Note on the mental hospitals in Burma - 1925-1940
Year: 1925
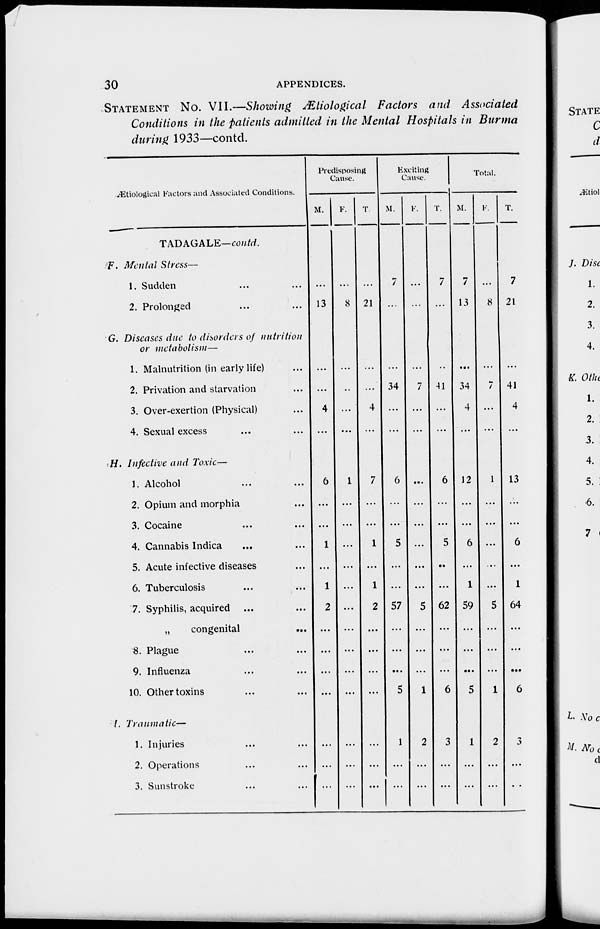
30
APPENDICES.
STATEMENT No. VII.—Showing Ætiological Factors and Associated
Conditions in the patients admitted in the Mental Hospitals in Burma
during 1933—contd.
Ætiological Factors and Associated Conditions.
TADAGALE—conctd.
F. Mental Stress—
1. Sudden ... ...
2. Prolonged ... ...
G. Diseases due to disorders of nutrition
or metabolism—
1. Malnutrition (in early life) ...
2. Privation and starvation ...
3. Over-exertion (Physical) ...
4. Sexual excess ... ...
H. Infective and Toxic—
1. Alcohol ... ...
2. Opium and morphia ... ...
3. Cocaine ... ...
4. Cannabis Indica ... ...
5. Acute infective diseases ... ...
6. Tuberculosis ... ...
7. Syphilis, acquired ... ...
„
congenital ... ...
8. Plague ... ...
9. Influenza ... ...
10. Other toxins ... ...
I. Traumatic—
1. Injuries ... ...
2. Operations ... ...
3. Sunstroke ... ...
Predisposing
Cause.
M.
...
13
...
...
4
...
6
...
...
1
...
1
2
...
...
...
...
...
...
...
F.
...
8
...
...
...
...
1
...
...
...
...
...
...
...
...
...
...
...
...
...
T.
...
21
...
...
4
...
7
...
...
1
...
1
2
...
...
...
...
...
...
...
Exciting
Cause.
M.
7
...
...
34
...
...
6
...
...
5
...
...
57
...
...
...
5
1
...
...
F.
...
...
...
7
...
...
...
...
...
...
...
...
5
...
...
...
1
2
...
...
T.
7
...
...
41
...
...
6
...
...
5
...
...
62
...
...
...
6
3
...
...
Total.
M.
7
13
...
34
4
...
12
...
...
6
...
1
59
...
...
...
5
1
...
...
F.
...
8
...
7
...
...
1
...
...
...
...
...
5
...
...
...
1
2
...
...
T.
7
21
...
41
4
...
13
...
...
6
...
1
64
...
...
...
6
3
...
...